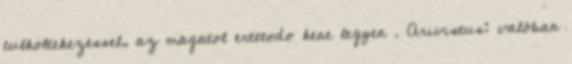
tulkoltekezessel, az magatol ertetodo kene legyen . Arivistus: valóban